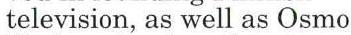
television, as well as Osmo